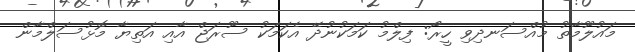
މައުލޫމާތު މުއްސަނދިވި ހީރޯ: ފިލްމު ކަމަކުނުދޭ އެކަމަކު ސޫރަޖް އާއި އަތިޔާ މޮޅުސަލްމާން